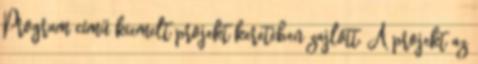
Program című kiemelt projekt keretében zajlott. A projekt az